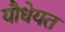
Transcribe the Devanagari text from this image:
यौधेयत